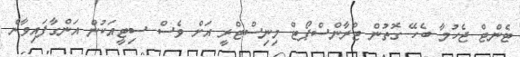
ޓެންޓް ޖެހުމާ ބެހޭ ގޮތުން ޓްރާންސްޕޯޓް މިނިސްޓްރީ އަށް ވެސް ސިޓީއަކުން އަންގާފައިވާނެ